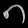
Digit: ၈